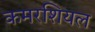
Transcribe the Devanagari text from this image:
कमरशियल